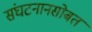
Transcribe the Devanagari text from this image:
संघटनानसोबत